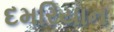
દમરિયાન